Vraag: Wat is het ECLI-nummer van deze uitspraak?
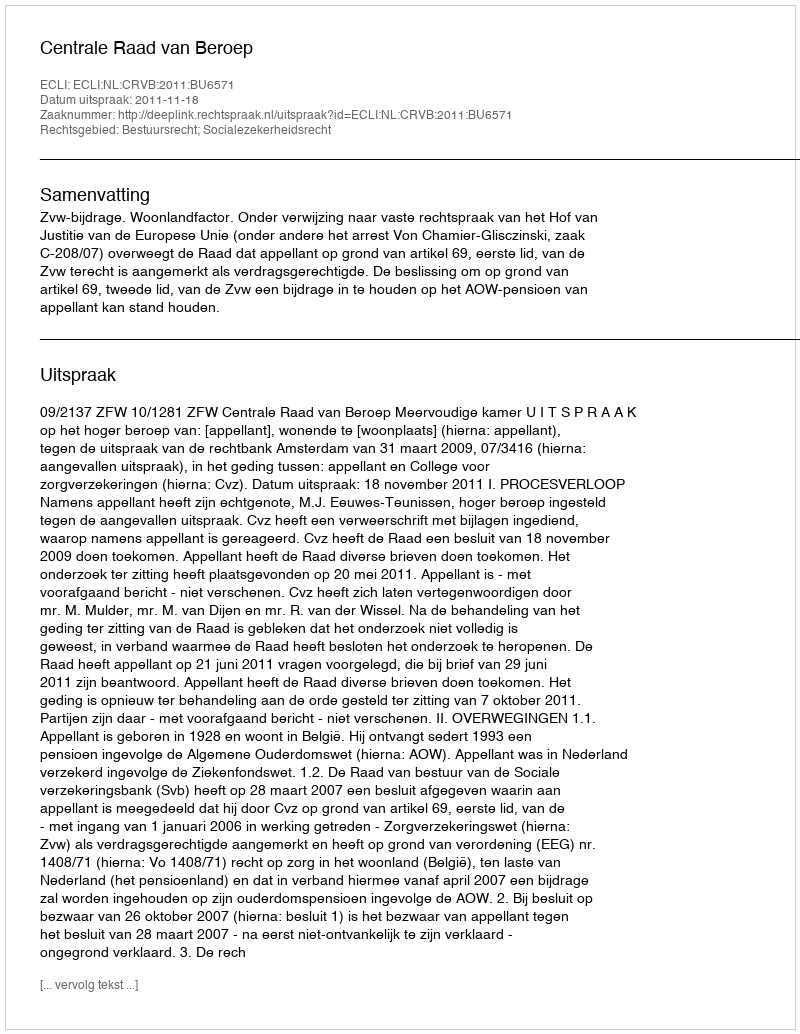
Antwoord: ECLI:NL:CRVB:2011:BU6571